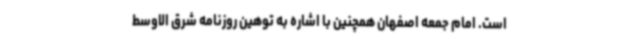
است. امام جمعه اصفهان همچنین با اشاره به توهین روزنامه شرق الاوسط